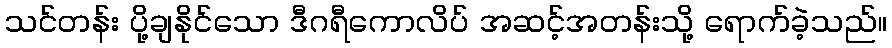
သင်တန်း ပို့ချနိုင်သော ဒီဂရီကောလိပ် အဆင့်အတန်းသို့ ရောက်ခဲ့သည်။